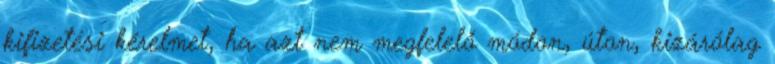
kifizetési kérelmet, ha azt nem megfelelő módon, úton, kizárólag